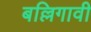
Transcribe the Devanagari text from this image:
बल्लिगावी